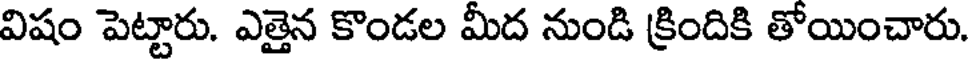
విషం పెట్టారు. ఎత్తైన కొండల మీద నుండి క్రిందికి తోయించారు.